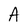
Character: A